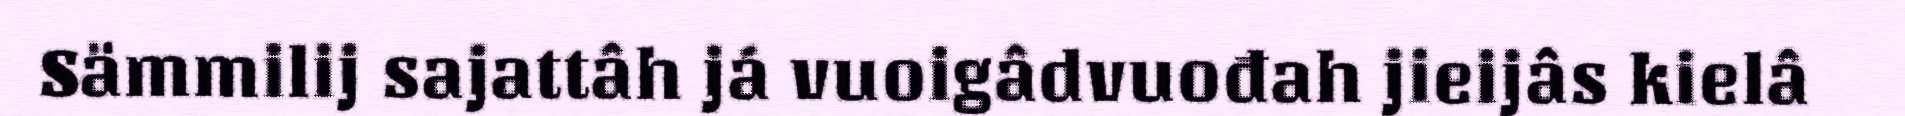
Sämmilij sajattâh já vuoigâdvuođah jieijâs kielâ